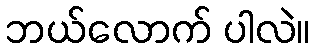
ဘယ်လောက် ပါလဲ။